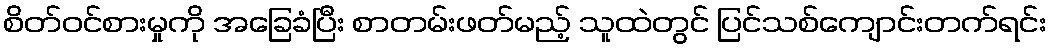
စိတ်ဝင်စားမှုကို အခြေခံပြီး စာတမ်းဖတ်မည့် သူထဲတွင် ပြင်သစ်ကျောင်းတက်ရင်း